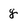
Character: g